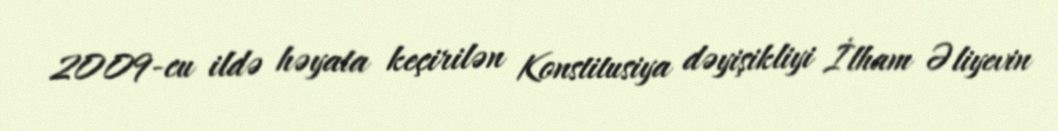
2009-cu ildə həyata keçirilən Konstitusiya dəyişikliyi İlham Əliyevin